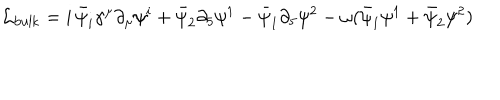
\mathcal { L } _ { \mathrm { b u l k } } = i \, \bar { \psi } _ { i } \gamma ^ { \mu } \partial _ { \mu } \psi ^ { i } + \bar { \psi } _ { 2 } \partial _ { 5 } \psi ^ { 1 } - \bar { \psi } _ { 1 } \partial _ { 5 } \psi ^ { 2 } - \omega ( \bar { \psi } _ { 1 } \psi ^ { 1 } + \bar { \psi } _ { 2 } \psi ^ { 2 } )